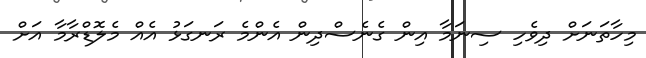
މިހާތަނަށް ދިވެހި ސިނަމާ އިން ގެނެސްދިން އެންމެ ރަނގަޅު އެއް މެލޮޑްރާމާ އަށް